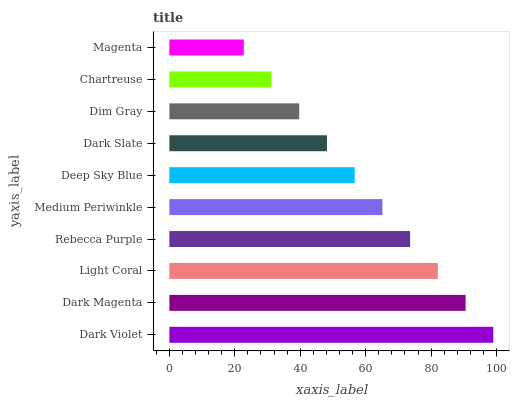
| yaxis_label | bars |
 | --- | --- |
 | Dark Violet | 99 |
 | Dark Magenta | 90.5 |
 | Light Coral | 82.1 |
 | Rebecca Purple | 73.6 |
 | Medium Periwinkle | 65.1 |
 | Deep Sky Blue | 56.6 |
 | Dark Slate | 48.2 |
 | Dim Gray | 39.7 |
 | Chartreuse | 31.2 |
 | Magenta | 22.7 |